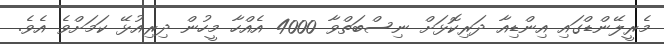
މެރީލޭންޑްގައި އިންޑިއާ ދަރިކޮޅަށް ނިސްބަތްވާ 4000 އެއްހާ މީހުން ދިރިއުޅޭ ކަމަށްވެ އެވެ.